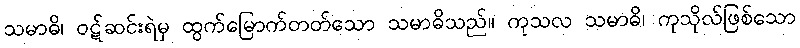
သမာဓိ၊ ဝဋ်ဆင်းရဲမှ ထွက်မြောက်တတ်သော သမာဓိသည်။ ကုသလ သမာဓိ၊ ကုသိုလ်ဖြစ်သော